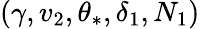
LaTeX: (\gamma,v_{2},\theta_{*},\delta_{1},N_{1})